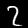
Label: 2